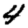
Digit: 4